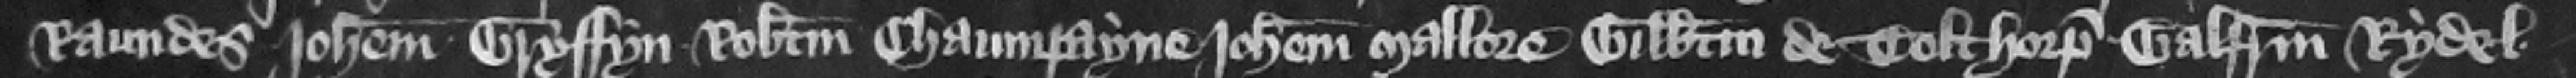
Raundes Iohannem Gryffyn Robertum Chaumpayne Iohannem Mallore Gilbertum de Tolthorp Galfridum Rydel